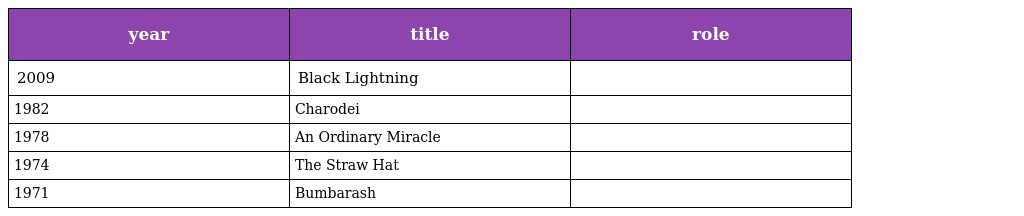
| year | title | role |
 | --- | --- | --- |
 | 2009 | Black Lightning |  |
 | 1982 | Charodei |  |
 | 1978 | An Ordinary Miracle |  |
 | 1974 | The Straw Hat |  |
 | 1971 | Bumbarash |  |